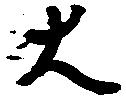
大